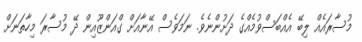
މުސާރައެއް ލިބޭ އެއްބަސްވުމެއްގެ ދަށުންނެވެ. ނަމަވެސް އޭނާއަށް ގްއަންޒޫއިން ދޭ މުސާރަ މިހާތަނަށް